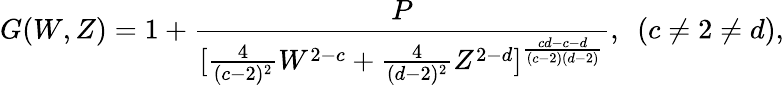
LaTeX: G(W,Z)=1+{\frac{P}{[{\frac{4}{(c-2)^{2}}}W^{2-c}+{\frac{4}{(d-2)^{2}}}Z^{2-d}]^{\frac{cd-c-d}{(c-2)(d-2)}}}},\ \ (c\neq 2\neq d),